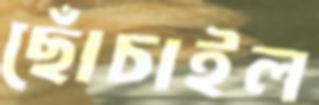
ছোঁচাইল